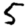
Digit: 5